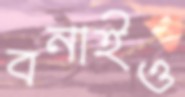
বনাইও